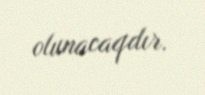
olunacaqdır.